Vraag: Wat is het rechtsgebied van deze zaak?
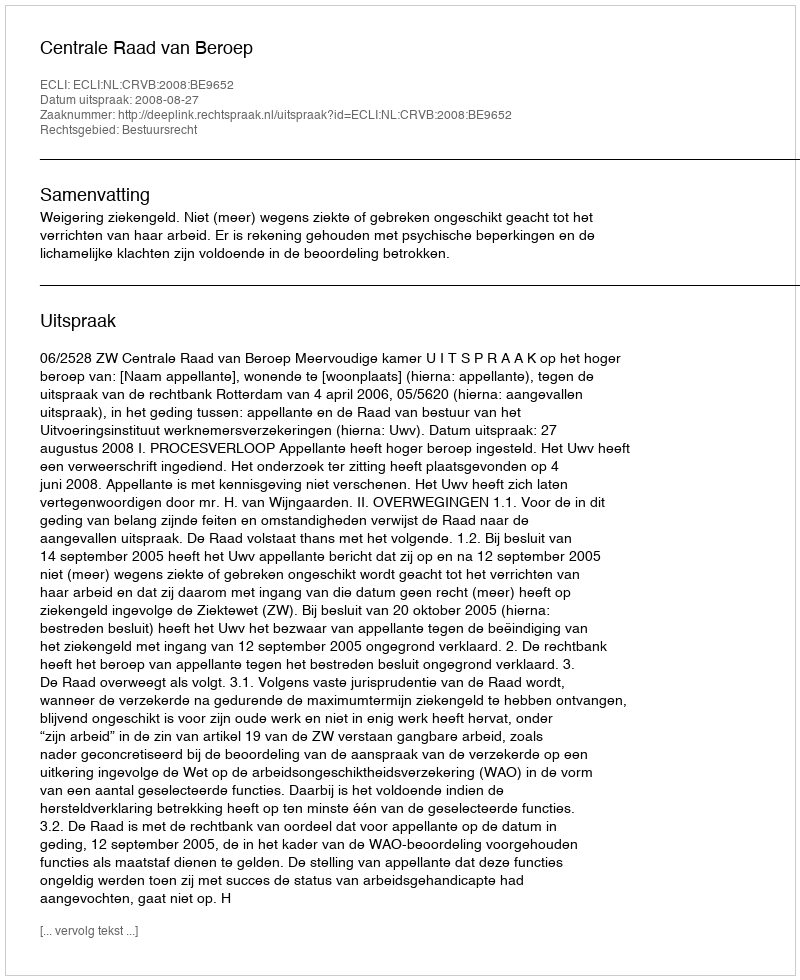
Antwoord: Bestuursrecht